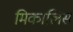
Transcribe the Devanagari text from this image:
मिकालिस